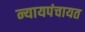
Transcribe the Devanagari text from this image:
न्यायपंचायत